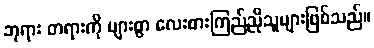
ဘုရား တရားကို များစွာ လေးစားကြည်ညိုသူများဖြစ်သည်။